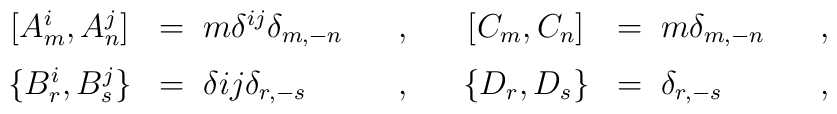
\begin{array}{cllcll}{[A^i_m,A^j_n]}&=\; m \delta^{ij} \delta_{m,-n}\;\;\;&,\;\;\;&[C_m,C_n]&=\; m \delta_{m,-n}\;\;\;&,\\[6pt]\{B^i_r,B^j_s \}&=\; \delta{ij} \delta_{r,-s}\;\;\;&,\;\;\;&\{D_r,D_s \}&=\; \delta_{r,-s}\;\;\;&,\end{array}